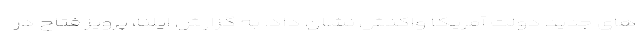
های جدید دولت آمریکا واکنش نشان داد. به گزارش ایلنا، پرویز فتاح در